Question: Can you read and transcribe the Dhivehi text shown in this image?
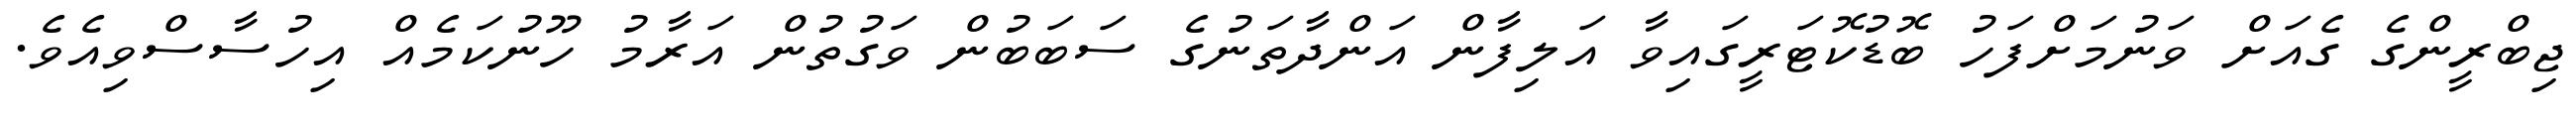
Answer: ޖިބްރީންގެ ގެއަށް ވަނުމަށްފަހު ބޮޑުކޮޓަރީގައިވާ އަލިފާން އަންދާތަނުގެ ސަބަބުން ވަގުތުން އަރާމު ހޫނުކަމެއް އިހުސާސްވިއެވެ.